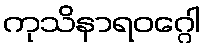
ကုသိနာရဝဂ္ဂေါ